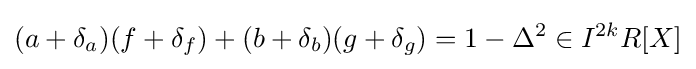
(a+\delta _{a})(f+\delta _{f})+(b+\delta _{b})(g+\delta _{g})=1-\Delta ^{2}\in I^{2k}R[X]